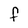
Character: F